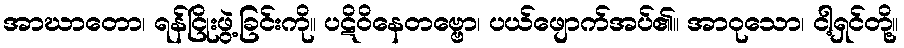
အာဃာတော၊ ရန်ငြိုးဖွဲ့ခြင်းကို။ ပဋိဝိနေတဗ္ဗော၊ ပယ်ဖျောက်အပ်၏။ အာဝုသော၊ ငါ့ရှင်တို့။